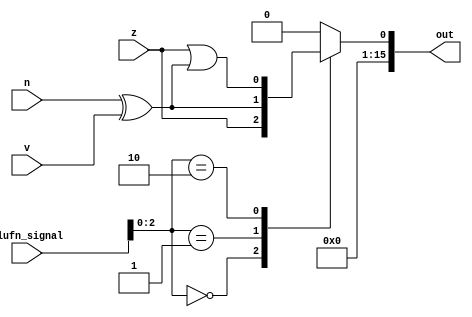
/*
   This file was generated automatically by Alchitry Labs version 1.2.7.
   Do not edit this file directly. Instead edit the original Lucid source.
   This is a temporary file and any changes made to it will be destroyed.
*/

module compare_11 (
    input z,
    input v,
    input n,
    input [5:0] alufn_signal,
    output reg [15:0] out
  );
  
  
  
  always @* begin
    out = 16'h0000;
    
    case (alufn_signal[0+2-:3])
      default: begin
        out[0+0-:1] = 1'h0;
      end
      3'h0: begin
        out[0+0-:1] = z;
      end
      3'h1: begin
        out[0+0-:1] = n ^ v;
      end
      3'h2: begin
        out[0+0-:1] = z | (n ^ v);
      end
    endcase
  end
endmodule